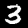
Label: 3